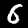
Label: 6